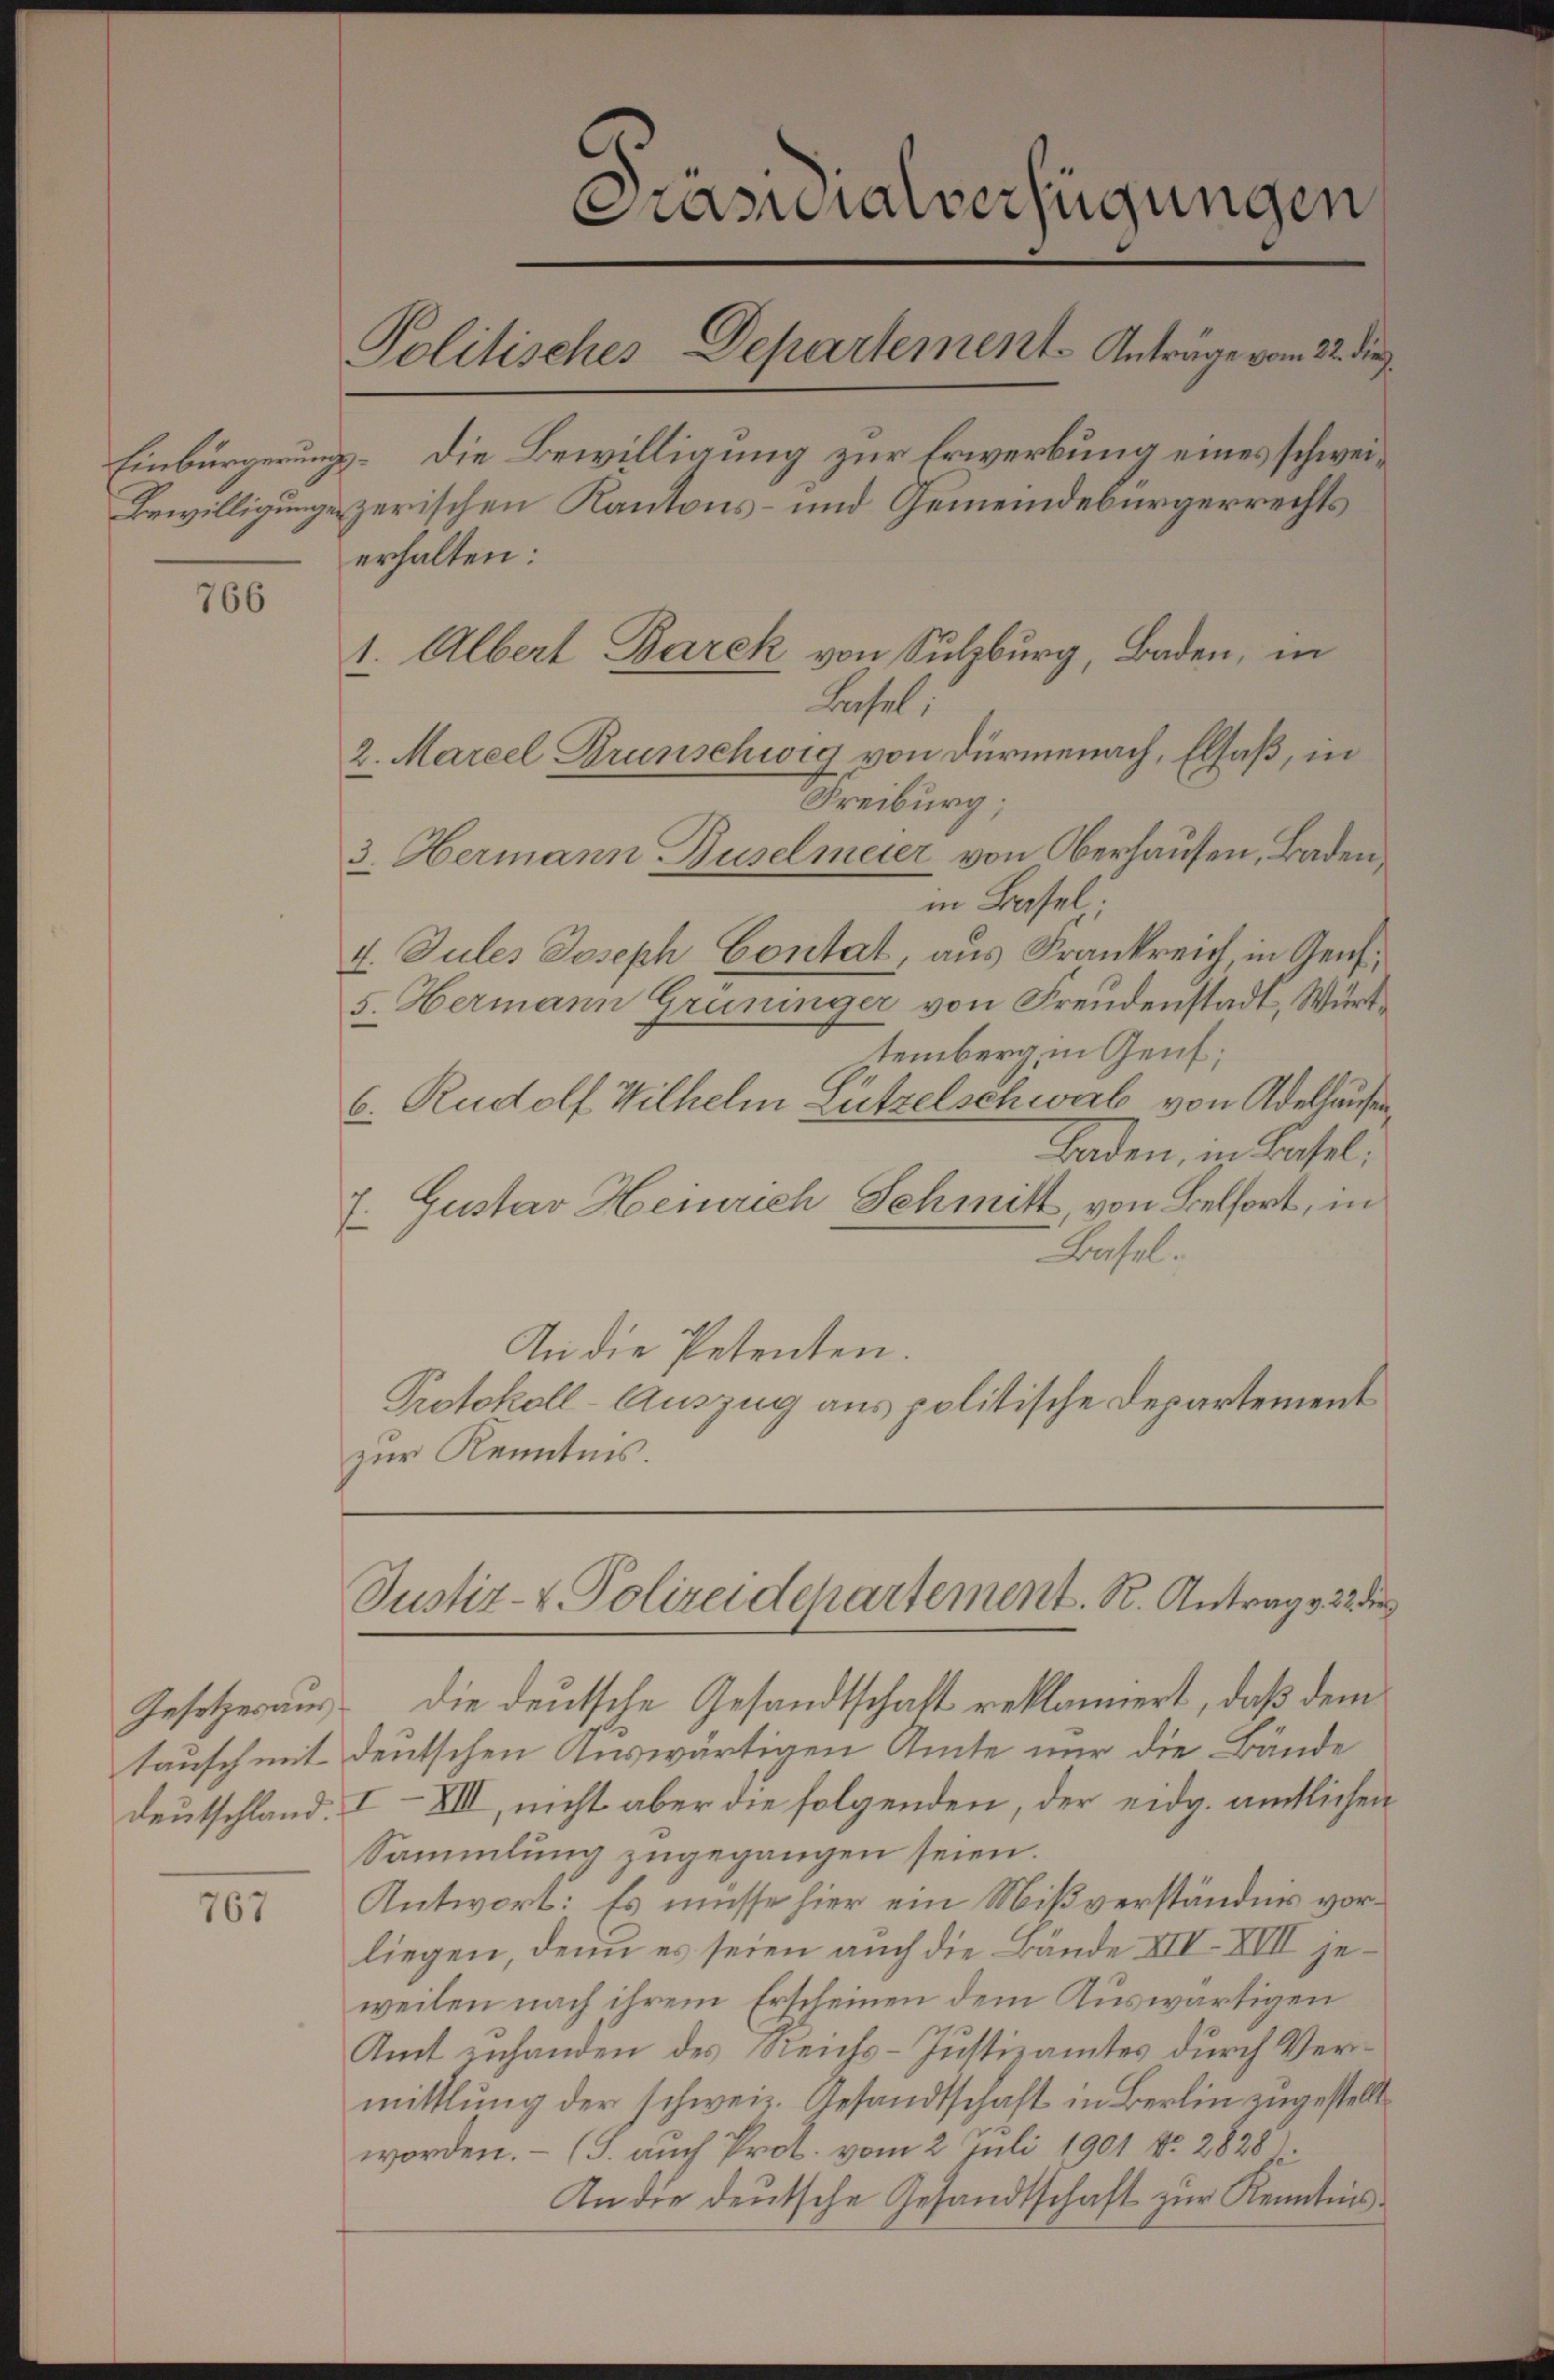
766

Gesetzes aus.
tausch mit

767

Prasdialverfügungen
Politisches Departement. Anträge vom 22. die
Einbürgerung. Die Bewilligung zur Erwerbung eines schwei¬
Bewilligungen zerischen Kantons- und Gemeindebürgerrechts
erhalten:

2. Marcel Drunschwig von Dürmenach, Elsaß, in
Freiburg;
3. Hermann Buselmeier von Oberhausen, Baden,
in Basel.
4. Jules Joseph Contat, aus Frankreich, in Genf
5. Hermann Grüninger von Freudenstadt, Württemberg, in Genf;
6. Rudolf Wilhelm Lützelschwab von Adelhausen,
Baden, in Basel:
7. Gustav Heinrich Schmitt, von Belfort, in
Basel.
An die Petenten.
Protokoll-Auszug aus politische Departement
zur Kenntnis.

1. Albert Barek von Sulzburg, Baden, in

Lasel,

Justiz- & Polizeidepartement. R. Antrag v. 22 de

die deutsche Gesandtschaft reklamiert, daß dem
deutschen Auswärtigen Amte nur die Bände
Deutschland. I-XIII, nicht aber die folgenden, der eidg. amtlichen
Sammlung zugegangen seien.
Antwort: Es müsse hier ein Mißverständnis vorliegen, denn es seien auch die Bände XII. VIII jeweilen nach ihrem Erscheinen dem Auswärtigen
Amt zuhanden des Reichs-Justizamtes durch Vermittlung der schweiz. Gesandtschaft in Berlin zugestellt
worden. - (T. auch Prot. vom 2. Juli 1901 Nr. 2828
An die deutsche Gesandtschaft zur Kenntnis